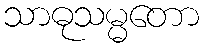
သာဓုသမ္မတော